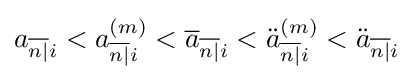
a_{{\overline {n|}}i}<a_{{\overline {n|}}i}^{(m)}<{\overline {a}}_{{\overline {n|}}i}<{\ddot {a}}_{{\overline {n|}}i}^{(m)}<{\ddot {a}}_{{\overline {n|}}i}